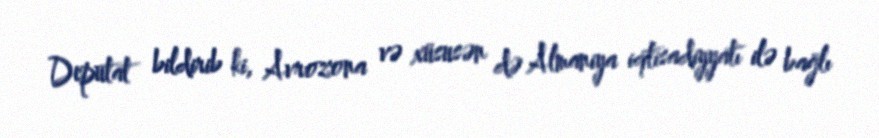
Deputat bildirib ki, Avrozona və xüsusən də Almaniya iqtisadiyyatı ilə bağlı